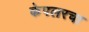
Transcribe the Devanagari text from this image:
केपलरचा